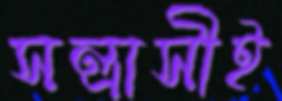
সন্ত্রাসীই